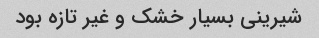
شیرینی بسیار خشک ‌و غیر تازه بود